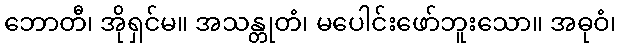
ဘောတီ၊ အိုရှင်မ။ အသန္တုတံ၊ မပေါင်းဖော်ဘူးသော။ အဓုဝံ၊